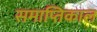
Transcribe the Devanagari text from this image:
समाप्तिकाल